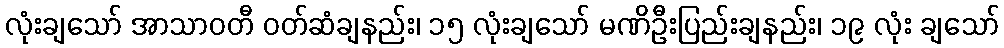
လုံးချသော် အာသာဝတီ ဝတ်ဆံချနည်း၊ ၁၅ လုံးချသော် မဏိဦးပြည်းချနည်း၊ ၁၉ လုံး ချသော်